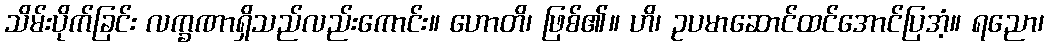
သိမ်းပိုက်ခြင်း လက္ခဏာရှိသည်လည်းကောင်း။ ဟောတိ၊ ဖြစ်၏။ ဟိ၊ ဥပမာဆောင်ထင်အောင်ပြအံ့။ ရညော၊